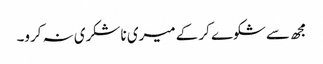
مجھ سے شکوے کر کے میری ناشکری نہ کرو۔